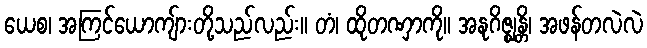
ယေစ၊ အကြင်ယောကျ်ားတို့သည်လည်း။ တံ၊ ထိုတဏှာကို။ အနုဂိဇ္ဈန္တိ၊ အဖန်တလဲလဲ